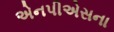
એનપીએસના